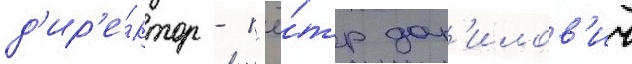
д'ир'е́ктор - п'ё́тр дан'илов'ич